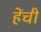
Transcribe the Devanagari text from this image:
हेंची